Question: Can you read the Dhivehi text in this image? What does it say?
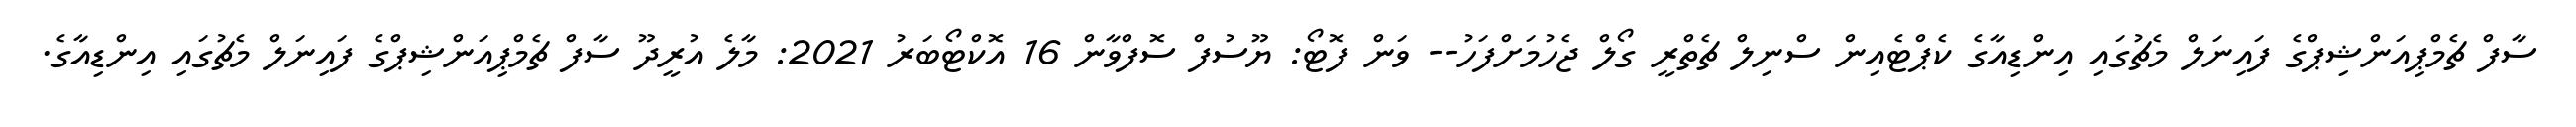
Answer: ސާފް ޗެމްޕިއަންޝިޕްގެ ފައިނަލް މެޗުގައި އިންޑިއާގެ ކެޕްޓެއިން ސްނިލް ޗެތްރީ ގޯލް ޖެހުމަށްފަހު-- ވަން ފޮޓޯ: ޔޫސުފް ސޮފްވާން 16 އޮކްޓޯބަރު 2021: މާލެ އުރީދޫ ސާފް ޗެމްޕިއަންޝިޕްގެ ފައިނަލް މެޗުގައި އިންޑިއާގެ.